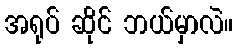
အရုပ် ဆိုင် ဘယ်မှာလဲ။